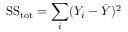
{ \mathrm { S S } } _ { \mathrm { t o t } } = \sum _ { i } ( Y _ { i } - { \bar { Y } } ) ^ { 2 }